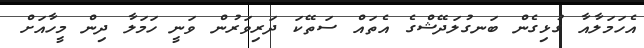
އެހަމަލާއާ ގުޅިގެން ބަނގުލަދޭޝްގެ އެތައް ސަތޭކަ ދަރިވަރުން ވަނީ ހަމަލާ ދިން މީހާއަށް